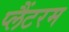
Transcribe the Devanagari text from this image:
प्लैंटरम